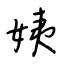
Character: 姨